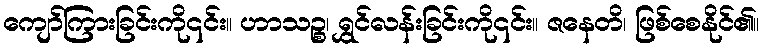
ကျော်ကြားခြင်းကို၎င်း။ ဟာသဉ္စ၊ ရွှင်လန်းခြင်းကို၎င်း။ ဇနေတိ၊ ဖြစ်စေနိုင်၏။